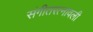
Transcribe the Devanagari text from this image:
संगीतरत्नावली